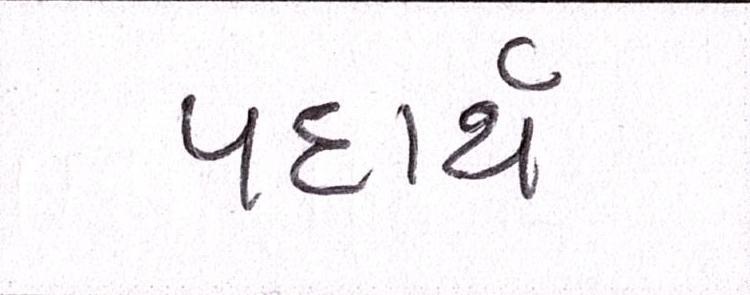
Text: પદાર્થ